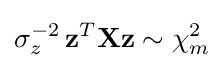
\sigma _{z}^{-2}\,{\mathbf {z} }^{T}\mathbf {X} {\mathbf {z} }\sim \chi _{m}^{2}